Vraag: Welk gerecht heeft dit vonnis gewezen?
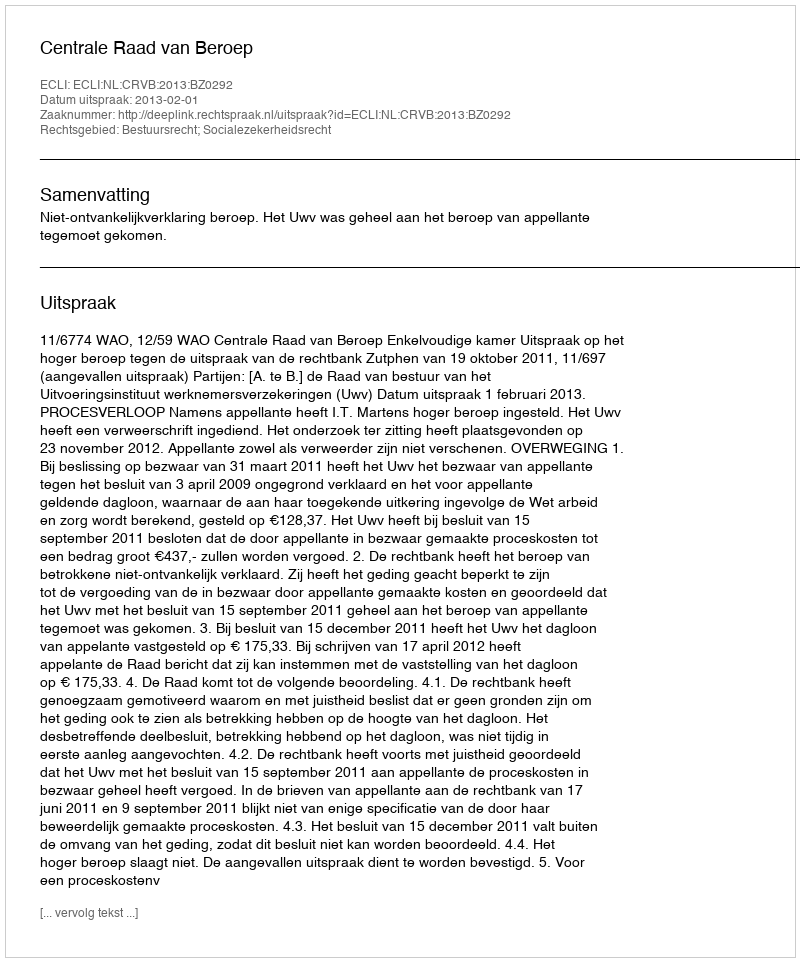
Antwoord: Centrale Raad van Beroep